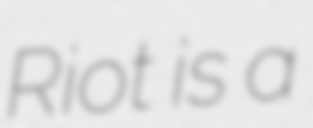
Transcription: Riot is a